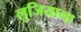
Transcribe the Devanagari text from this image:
लुजियाना